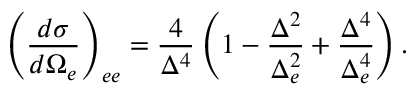
\left( \frac { d { \sigma } } { d \Omega _ { e } } \right) _ { e e } = \frac { 4 } { \Delta ^ { 4 } } \left( 1 - \frac { \Delta ^ { 2 } } { \Delta _ { e } ^ { 2 } } + \frac { \Delta ^ { 4 } } { \Delta _ { e } ^ { 4 } } \right) .